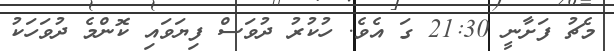
މެޗު ފަށާނީ 21:30 ގަ އެވެ. ހުކުރު ދުވަސް ފިޔަވައި ކޮންމެ ދުވަހަކު